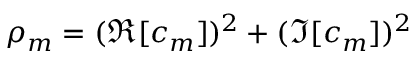
\rho _ { m } = ( \Re [ c _ { m } ] ) ^ { 2 } + ( \Im [ c _ { m } ] ) ^ { 2 }